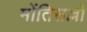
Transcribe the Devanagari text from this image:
मोंतिसल्लो